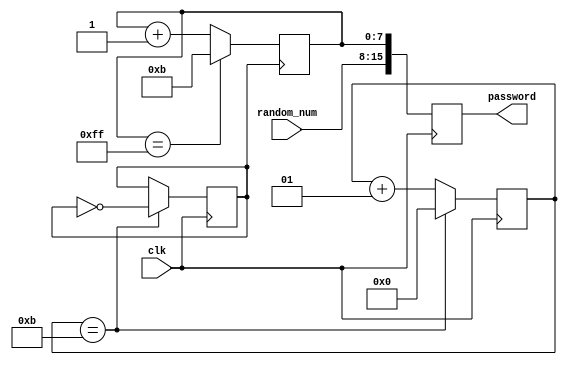
`timescale 1ns / 1ps
//////////////////////////////////////////////////////////////////////////////////
// Company: 
// Engineer: 
// 
// Design Name: 
// Module Name: produce_password
// Project Name: 
// Target Devices: 
// Tool Versions: 
// Description: 
// 
// Dependencies: 
// 
// Revision:
// Revision 0.01 - File Created
// Additional Comments:
// 
//////////////////////////////////////////////////////////////////////////////////


module produce_password(
input clk,
input [7:0]random_num,
output reg [15:0]password
    );
    reg [7:0]count = 8'd11;  //
    integer div_count = 0;
    reg div_clk = 0;
    
    always@(posedge clk) begin
        password[15:8] = random_num;
        password[7:0] = count;
    end
    
    always@(posedge clk) begin
        if(div_count == 11) begin
            div_count <= 0;
            div_clk <= ~div_clk;
            end
        else div_count <= div_count + 1;
    end
    
    always@(posedge div_clk) begin
        if(count == 8'hff) count = 8'd11;
        else count = count + 1;
    end
endmodule